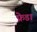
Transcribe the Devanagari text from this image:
फ्रेडा